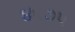
૪૬૭૫